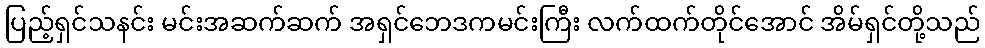
ပြည့်ရှင်သနင်း မင်းအဆက်ဆက် အရှင်ဘေဒကမင်းကြီး လက်ထက်တိုင်အောင် အိမ်ရှင်တို့သည်